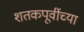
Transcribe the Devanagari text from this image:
शतकपूर्वीच्या